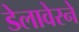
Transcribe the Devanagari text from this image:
डेलावेरने